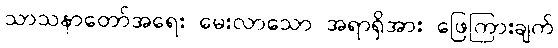
သာသနာတော်အရေး မေးလာသော အရာရှိအား ဖြေကြားချက်